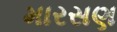
મારસણ